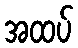
အထပ်